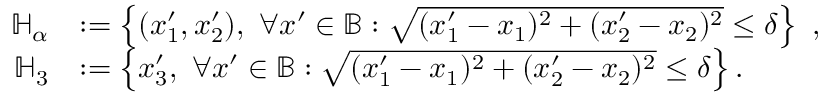
\begin{array} { r l } { \mathbb { H } _ { \alpha } } & { : = \left\{ ( x _ { 1 } ^ { \prime } , x _ { 2 } ^ { \prime } ) , \ \forall \boldsymbol { x } ^ { \prime } \in \mathbb { B } : \sqrt { ( x _ { 1 } ^ { \prime } - x _ { 1 } ) ^ { 2 } + ( x _ { 2 } ^ { \prime } - x _ { 2 } ) ^ { 2 } } \leq \delta \right\} \ , } \\ { \mathbb { H } _ { 3 } } & { : = \left\{ x _ { 3 } ^ { \prime } , \ \forall \boldsymbol { x } ^ { \prime } \in \mathbb { B } : \sqrt { ( x _ { 1 } ^ { \prime } - x _ { 1 } ) ^ { 2 } + ( x _ { 2 } ^ { \prime } - x _ { 2 } ) ^ { 2 } } \leq \delta \right\} . } \end{array}